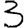
Digit: 3